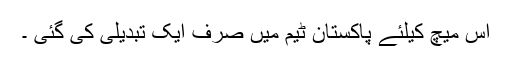
اس میچ کیلئے پاکستان ٹیم میں صرف ایک تبدیلی کی گئی ۔